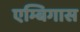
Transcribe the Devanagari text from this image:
एम्बिगास